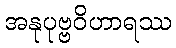
အနုပုဗ္ဗဝိဟာရဿ